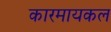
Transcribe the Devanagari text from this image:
कारमायकल